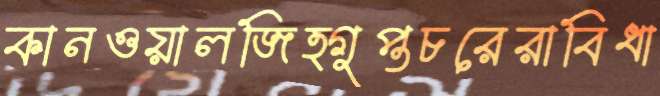
কানওয়ালজিত্গুপ্তচরেরাবিধা